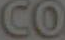
CO